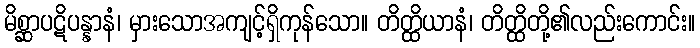
မိစ္ဆာပဋိပန္နာနံ၊ မှားသောအကျင့်ရှိကုန်သော။ တိတ္ထိယာနံ၊ တိတ္ထိတို့၏လည်းကောင်း။